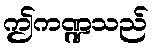
ဤကဏ္ဍသည်